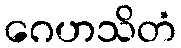
ဂေဟသိတံ